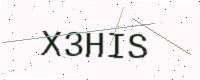
Text: X3HIS